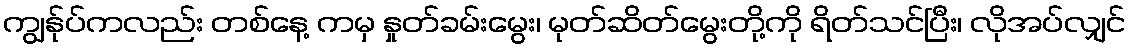
ကျွန်ုပ်ကလည်း တစ်နေ့ ကမှ နှုတ်ခမ်းမွေး၊ မုတ်ဆိတ်မွေးတို့ကို ရိတ်သင်ပြီး၊ လိုအပ်လျှင်